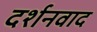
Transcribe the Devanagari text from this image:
दर्शनवाद